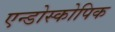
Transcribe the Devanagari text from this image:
एन्डोस्कोपिक